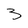
Character: 3